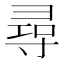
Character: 尋